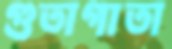
গুতাগাতা